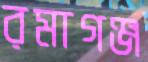
রমাগঞ্জ